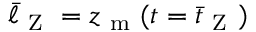
\bar { \ell } _ { \mathrm { ~ Z ~ } } = z _ { \mathrm { ~ m ~ } } ( t = \bar { t } _ { \mathrm { ~ Z ~ } } )